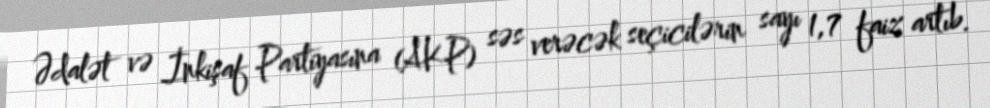
Ədalət və İnkişaf Partiyasına (AKP) səs verəcək seçicilərin sayı 1,7 faiz artıb.